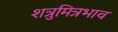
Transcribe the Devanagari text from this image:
शत्रुमित्रभाव